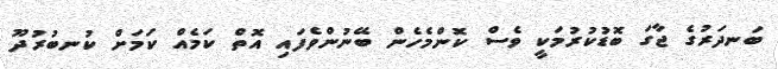
ބަނދަރުގެ ޖާގަ ބޮޑުކުރުމަކީ ވެސް ކޮންމެހެން ބޭނުންވެފައި އޮތް ކަމެއް ކަމަށް ކުނބުރުދޫ